Vaccination in Burma 1900-1911 - 1900-1911
Year: 1900
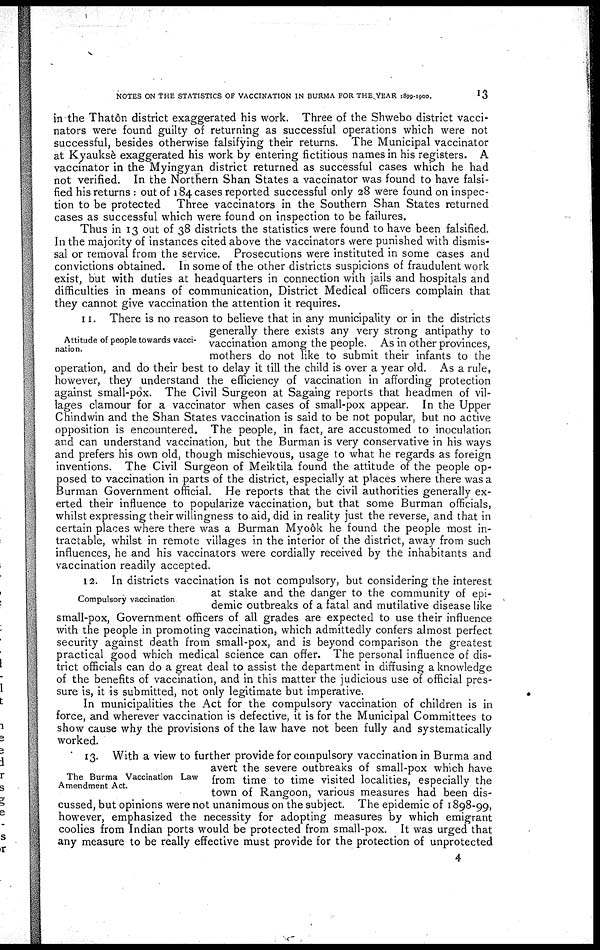
NOTES ON THE STATISTICS OF VACCINATION IN BURMA FOR THE YEAR 1899-1900.
13
in the Thatôn district exaggerated his work. Three of the Shwebo district vacci-
nators were found guilty of returning as successful operations which were not
successful, besides otherwise falsifying their returns. The Municipal vaccinator
at Kyauksè exaggerated his work by entering fictitious names in his registers. A
vaccinator in the Myingyan district returned as successful cases which he had
not verified. In the Northern Shan States a vaccinator was found to have falsi-
fied his returns : out of 184 cases reported successful only 28 were found on inspec-
tion to be protected Three vaccinators in the Southern Shan States returned
cases as successful which were found on inspection to be failures.
Thus in 13 out of 38 districts the statistics were found to have been falsified.
In the majority of instances cited above the vaccinators were punished with dismis-
sal or removal from the service. Prosecutions were instituted in some cases and
convictions obtained. In some of the other districts suspicions of fraudulent work
exist, but with duties at headquarters in connection with jails and hospitals and
difficulties in means of communication, District Medical officers complain that
they cannot give vaccination the attention it requires.
Attitude of people towards vacci-
nation.
11. There is no reason to believe that in any municipality or in the districts
generally there exists any very strong antipathy to
vaccination among the people. As in other provinces,
mothers do not like to submit their infants to the
operation, and do their best to delay it till the child is over a year old. As a rule,
however, they understand the efficiency of vaccination in affording protection
against small-pox. The Civil Surgeon at Sagaing reports that headmen of vil-
lages clamour for a vaccinator when cases of small-pox appear. In the Upper
Chindwin and the Shan States vaccination is said to be not popular, but no active
opposition is encountered. The people, in fact, are accustomed to inoculation
and can understand vaccination, but the Burman is very conservative in his ways
and prefers his own old, though mischievous, usage to what he regards as foreign
inventions. The Civil Surgeon of Meiktila found the attitude of the people op-
posed to vaccination in parts of the district, especially at places where there was a
Burman Government official. He reports that the civil authorities generally ex-
erted their influence to popularize vaccination, but that some Burman officials,
whilst expressing their willingness to aid, did in reality just the reverse, and that in
certain places where there was a Burman Myoôk he found the people most in-
tractable, whilst in remote villages in the interior of the district, away from such
influences, he and his vaccinators were cordially received by the inhabitants and
vaccination readily accepted.
Compulsory vaccination
12. In districts vaccination is not compulsory, but considering the interest
at stake and the danger to the community of epi-
demic outbreaks of a fatal and mutilative disease like
small-pox, Government officers of all grades are expected to use their influence
with the people in promoting vaccination, which admittedly confers almost perfect
security against death from small-pox, and is beyond comparison the greatest
practical good which medical science can offer. The personal influence of dis-
trict officials can do a great deal to assist the department in diffusing a knowledge
of the benefits of vaccination, and in this matter the judicious use of official pres-
sure is, it is submitted, not only legitimate but imperative.
In municipalities the Act for the compulsory vaccination of children is in
force, and wherever vaccination is defective, it is for the Municipal Committees to
show cause why the provisions of the law have not been fully and systematically
worked.
The Burma Vaccination Law
Amendment Act.
13. With a view to further provide for compulsory vaccination in Burma and
avert the severe outbreaks of small-pox which have
from time to time visited localities, especially the
town of Rangoon, various measures had been dis-
cussed, but opinions were not unanimous on the subject. The epidemic of 1898-99,
however, emphasized the necessity for adopting measures by which emigrant
coolies from Indian ports would be protected from small-pox. It was urged that
any measure to be really effective must provide for the protection of unprotected
4